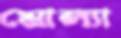
মোল্যা